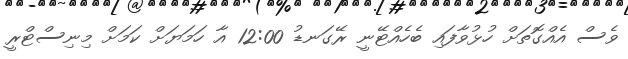
ވެސް އެއްގޮތަށް ހުޅުވާފައި ބެހެއްޓޭނީ ރޭގަނޑު 12:00 އާ ހަމަޔަށް ކަމަށް މިނިސްޓްރީ